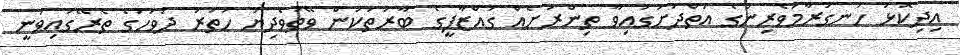
އިދިކޮޅު ހަނގުރާމަވެރިންގެ އަތްދަށުގައިވާ ތިންރަށެއް ގައްޒާފީގެ ބާރުތަކުން ވޭތުވެދިޔަ ހަތަރު ދުވަހުގެ ތެރޭގައިވަނީ